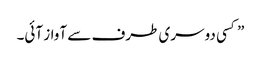
” کسی دوسری طرف سے آواز آئی۔